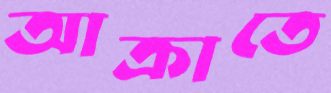
আক্রাতে